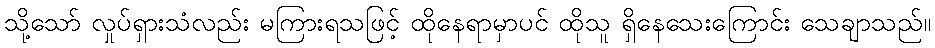
သို့သော် လှုပ်ရှားသံလည်း မကြားရသဖြင့် ထိုနေရာမှာပင် ထိုသူ ရှိနေသေးကြောင်း သေချာသည်။